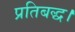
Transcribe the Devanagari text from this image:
प्रतिबद्ध।